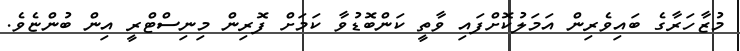
މުޒާހަރާގެ ބައިވެރިން އަމަލުކޮށްފައި ވާތީ ކަންބޮޑުވާ ކަމަށް ފޮރިން މިިނިސްޓްރީ އިން ބުންޏެވެ.